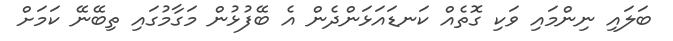
ބަލައި ނިންމައި ވަކި ގޮތެއް ކަނޑައަޅަންދެން އެ ބޭފުޅުން މަގާމުގައި ތިބޭނޭ ކަމަށް